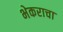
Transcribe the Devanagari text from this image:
भेकराचा